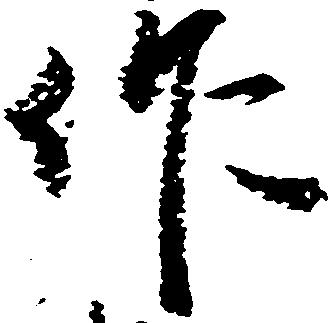
作